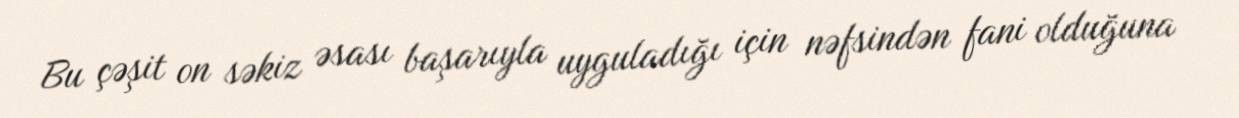
Bu çəşit on səkiz əsası başarıyla uyguladığı için nəfsindən fani olduğuna